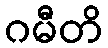
ဂမီတိ